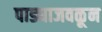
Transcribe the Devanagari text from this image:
पाड्याजवळून